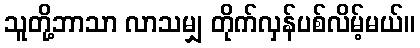
သူတို့ဘာသာ လာသမျှ တိုက်လှန်ပစ်လိမ့်မယ်။